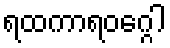
ရထကာရဝဂ္ဂေါ